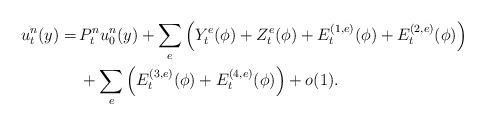
LaTeX: \begin{align*}u^n_t(y) =\,& P^n_{t}u^n_0(y) + \sum_e \Big(Y^e_t(\phi)+ Z^e_t(\phi)+E^{(1,e)}_t(\phi) + E^{(2,e)}_t(\phi)\Big) \\& + \sum_e \Big( E^{(3,e)}_t(\phi)+ E^{(4,e)}_t(\phi)\Big) +o(1). \end{align*}